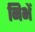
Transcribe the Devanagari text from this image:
निभें